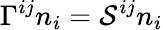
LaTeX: \Gamma^{ij}n_{i}={\cal S}^{ij}n_{i}